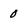
Character: 0